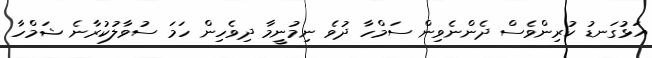
އަޅުގަނޑު ކުރިންވެސް ދެންނެވިން ސަމްހާ ދުވެ ނިމުނީމާ ދިވެހިން ހަމަ ސުވާލުކުރާނެ ޝަމްހާ